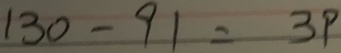
1 3 0 - 9 1 = 3 9